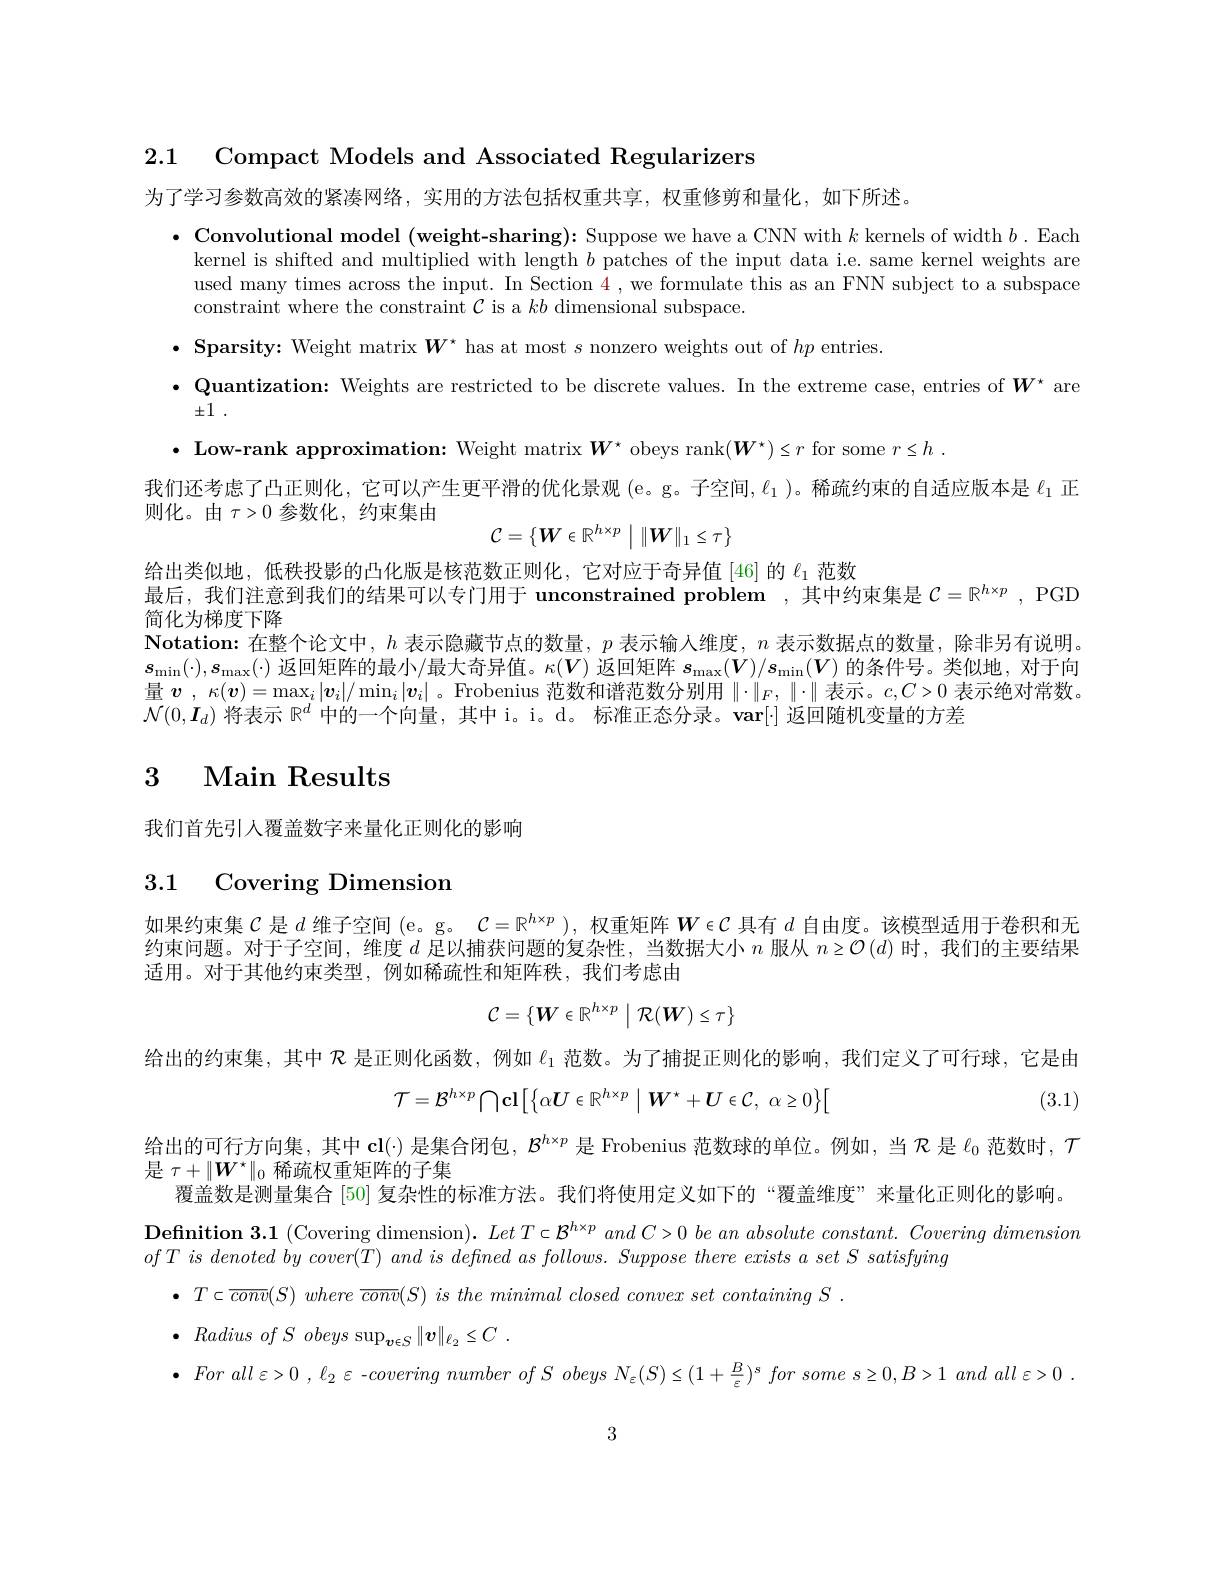
2.1 Compact Models and Associated Regularizers

为了学习参数高效的紧凑网络，实用的方法包括权重共享，权重修剪和量化，如下所述。

$\bullet$ Convolutional model (weight-sharing): Suppose we have a CNN with $k$ kernels of width $b.$ Each
kernel is shifted and multiplied with length $b$ patches of the input data i.e. same kernel weights are used many times across the input. In Section 4 , we formulate this as an FNN subject to a subspace constraint where the constraint $\mathcal{C}$ is a $kb$ dimensional subspace

$\bullet$ Sparsity: Weight matrix $\boldsymbol{W}^\star$ has at most $s$ nonzero weights out of $hp$ entries
$\bullet$ Quantization: Weights are restricted to be discrete values. In the extreme case, entries of $\boldsymbol{W}^*$ are

$\pm 1$ .
$\bullet$ Low-rank approximation: Weight matrix $\boldsymbol{W}^*$ obeys rank$(\boldsymbol W^\star)\leq r$ for some $r\leq h.$
我们还考虑了凸正则化，它可以产生更平滑的优化景观 (e。g。子空间，$\ell_1$)。稀疏约束的自适应版本是$\ell_{1}$正
则化。由$\tau>0$参数化，约束集由
$$\mathcal{C}=\{\boldsymbol{W}\in\mathbb{R}^{h\times p}\:\Big|\:\|\boldsymbol{W}\|_1\leq\tau\}$$
给出类似地，低秩投影的凸化版是核范数正则化，它对应于奇异值[46]的$\ell_{1}$范数
最后，我们注意到我们的结果可以专门用于 unconstrained problem ,其中约束集是$\mathcal{C} = \mathbb{R} ^h\times p$ , PGD

简化为梯度下降
$\textbf{Notation: 在 整 个 论 文 中 , }h$表示隐藏节点的数量，$p$表示输人维度，$n$表示数据点的数量，除非另有说明。$s_{\min}(\cdot),s_{\max}(\cdot)$ 返回矩阵的最小/最大奇异值。$\kappa(V)$ 返回矩阵 $s_\max(V)/s_\min(V)$ 的条件号。类似地，对于向量$\boldsymbol{v},\kappa(\boldsymbol{v})=\max_i|\boldsymbol{v}_i|/\min_i|\boldsymbol{v}_i|$ 。Frobenius 范数和谱范数分别用$\|\cdot\|_F,\|\cdot\|$表示。$c,C>0$表示绝对常数。$\mathcal{N}(0,\boldsymbol{I}_d)$将表示 R$^d$中的一个向量，其中 i。i。d。标准正态分录。$\mathbf{var}[\cdot]$返回随机变量的方差

# 3 Main Results

我们首先引入覆盖数字来量化正则化的影响

# 3.1 Covering Dimension

如果约束集$\mathcal{C}$是$d$维子空间(e。g。$\mathcal{C}=\mathbb{R}^h\times p)$,权重矩阵$W\in\mathcal{C}$具有$d$自由度。该模型适用于卷积和无约束问题。对于子空间，维度$d$足以捕获问题的复杂性，当数据大小$n$服从$n\geq\mathcal{O}(d)$时，我们的主要结果适用。对于其他约束类型，例如稀疏性和矩阵秩，我们考虑由
$$\mathcal{C}=\{\boldsymbol{W}\in\mathbb{R}^{h\times p}\:\Big|\:\mathcal{R}(\boldsymbol{W})\leq\tau\}$$
给出的约束集，其中$\mathcal{R}$是正则化函数，例如$\ell_1$范数。为了捕捉正则化的影响，我们定义了可行球，它是由
$$\mathcal{T}=\mathcal{B}^{h\times p}\bigcap\mathbf{cl}\big[\big\{\alpha\boldsymbol{U}\in\mathbb{R}^{h\times p}\:\big|\:\boldsymbol{W}^{\star}+\boldsymbol{U}\in\mathcal{C},\:\alpha\geq0\big\}\big[$$
(3.1)

给出的可行方向集，其中 cl(·) 是集合闭包，$\mathcal{B}^{h\times p}$是 Frobenius 范数球的单位。例如，当$\mathcal{R}$是$\ell_0$范数时，$\mathcal{T}$
是$\tau+\|W^\star\|_0$稀疏权重矩阵的子集
覆盖数是测量集合[50] 复杂性的标准方法。我们将使用定义如下的“覆盖维度”来量化正则化的影响。$\textbf{Definition 3. 1 }($Covering dimension). $LetT\subset\mathcal{B}^{h\times p}and~C>0~be~an~absolute~constant.~Covering~dimension$ ofT $is$ denoted $by$ $cover( T)$ and $is$ defined $as$ $follows.$ Suppose there exists $a$ set $S$ satisfying
$\bullet$ $T\subset \overline {conv}( S)$ where $\overline {conv}( S)$ $is$ the minimal closed convex set containing $S$ .
$\bullet$ Radius $of$ $S$ obeys $\sup _{\boldsymbol{v}\in S}\| \boldsymbol{v}\| _{\ell _2}\leq C$ .
$\bullet Forall\varepsilon > 0$ $, \ell _{2}\varepsilon$ -covering number $of$ $S$ obeys $N_{\varepsilon }( S) \leq ( 1+ \frac B\varepsilon ) ^{s}$ for some $s\geq 0, B> 1$ and $all\varepsilon > 0$

3